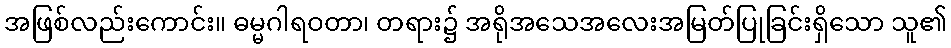
အဖြစ်လည်းကောင်း။ ဓမ္မဂါရဝတာ၊ တရား၌ အရိုအသေအလေးအမြတ်ပြုခြင်းရှိသော သူ၏